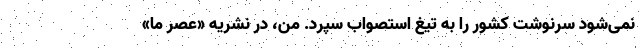
نمی‌شود سرنوشت کشور را به تیغ استصواب سپرد. من، در نشریه «عصر ما»